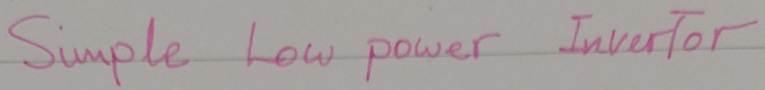
Text: Simple Low power Invertor